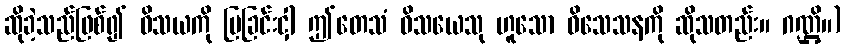
ဆိုခဲ့သည်ဖြစ်၍ ဝိသယကို ပြခြင်းငှါ ဤတေသံ ဝိသယေသု ဟူသော ဝိသေသနကို ဆိုသတည်း။ ဂဏ္ဌိ။)